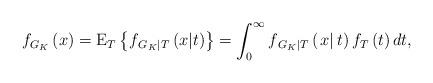
LaTeX: \begin{align*}{{f_{G_K}}\left( x \right) = {\rm E}_{T}\left\{{f_{\left. G_K \right|T}}\left( x|t \right)\right\} = \int\nolimits_0^\infty {{f_{\left. G_K \right|T}}\left( {\left. x \right|t} \right){f_T}\left( t \right)dt} },\end{align*}